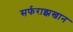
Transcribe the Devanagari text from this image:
सर्फराझखान